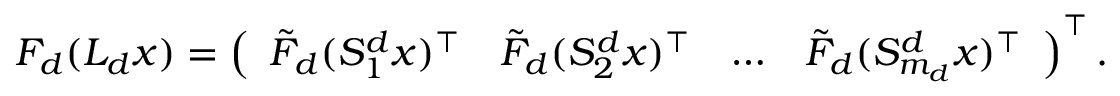
\begin{array} { r } { F _ { d } ( L _ { d } x ) = \left( \begin{array} { l l l l } { \tilde { F } _ { d } ( S _ { 1 } ^ { d } x ) ^ { \top } } & { \tilde { F } _ { d } ( S _ { 2 } ^ { d } x ) ^ { \top } } & { \dots } & { \tilde { F } _ { d } ( S _ { m _ { d } } ^ { d } x ) ^ { \top } } \end{array} \right) ^ { \top } . } \end{array}